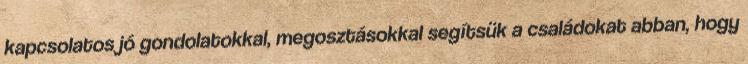
kapcsolatos jó gondolatokkal, megosztásokkal segítsük a családokat abban, hogy